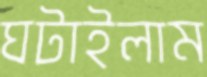
ঘটাইলাম